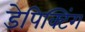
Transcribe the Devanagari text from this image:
डेपिक्टिंग